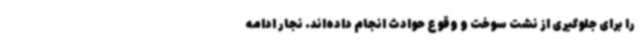
را برای جلوگیری از نشت سوخت و وقوع حوادث انجام داده‌اند. نجار ادامه